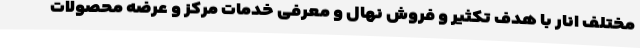
مختلف انار با هدف تکثیر و فروش نهال و معرفی خدمات مرکز و عرضه محصولات